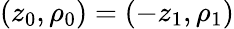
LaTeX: (z_{0},\rho_{0})=(-z_{1},\rho_{1})